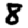
Digit: 8